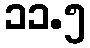
၁၁.၅